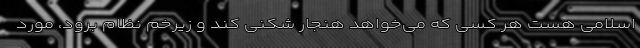
اسلامی هست هر کسی که می‌خواهد هنجار شکنی کند و زیرخم نظام برود، مورد